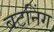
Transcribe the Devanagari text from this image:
बटनिंग